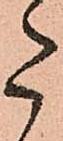
た